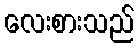
လေးစားသည်